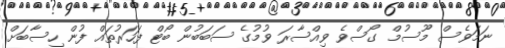
ނަމަވެސް މޫސުމް ގޯސްވެ ވިއްސާރަ ވުމުގެ ސަބަބުން ބޯޓް ފަހަރުތައް ފުން ހިސާބަށް